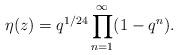
LaTeX: \begin{align*}\eta (z) = q^{1/24} \prod_{n=1}^{\infty} (1-q^{n}).\end{align*}